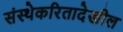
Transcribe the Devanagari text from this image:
संस्थेकरितादेखील